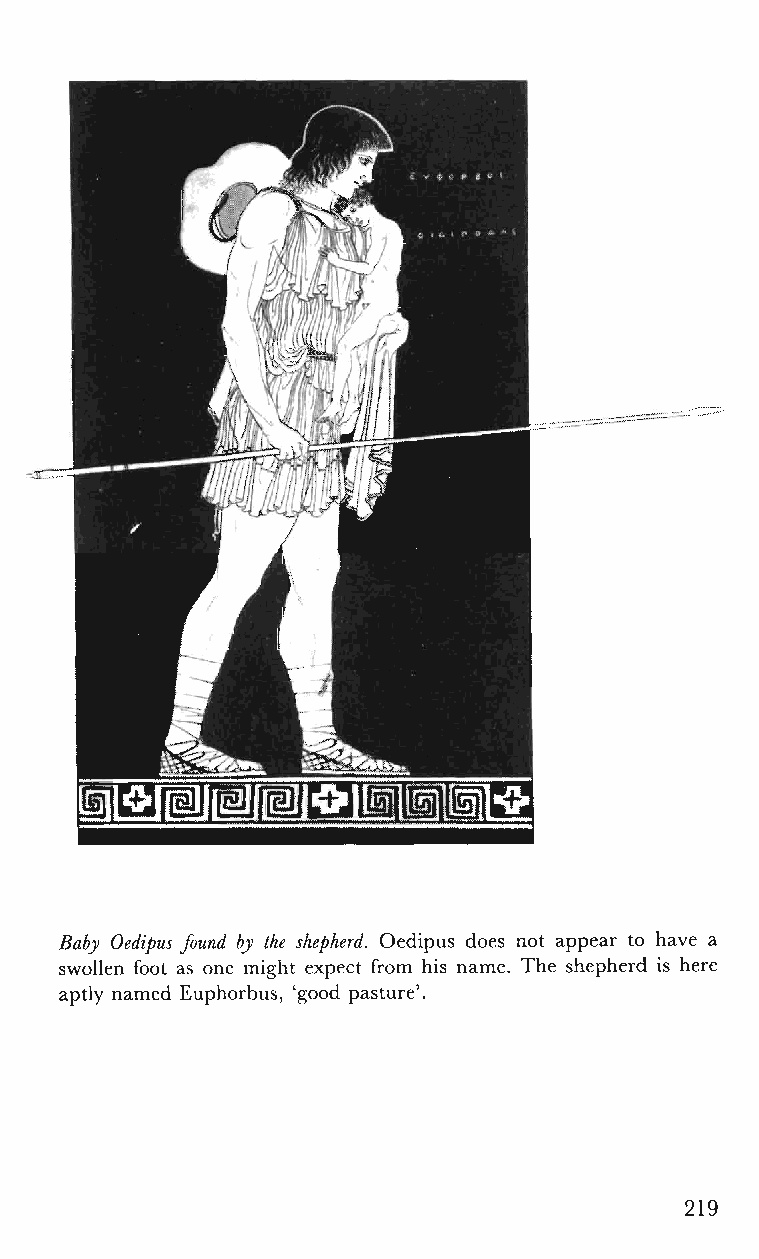
Baby Oedipus found by the shepherd. Oedipus does not appear to have a
 swollen foot as one might expect from his name. The shepherd is here
 aptly named Euphorbus, 'good pasture'.
 219